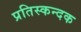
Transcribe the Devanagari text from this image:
प्रतिस्कन्दक